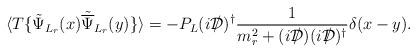
LaTeX: \begin{align*}\langle T\{{\tilde\Psi}_{L_r}(x){\tilde{\overline\Psi}}_{L_r}(y)\} \rangle= -P_L (i{{\cal D}\kern-0.15em\raise0.17ex\llap{/}\kern0.15em\relax})^{\dagger}\frac{1}{m^2_r + (i{{\cal D}\kern-0.15em\raise0.17ex\llap{/}\kern0.15em\relax})(i{{\cal D}\kern-0.15em\raise0.17ex\llap{/}\kern0.15em\relax})^{\dagger}}\delta(x-y).\end{align*}